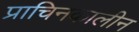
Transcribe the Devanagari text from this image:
प्राचिनकालीन